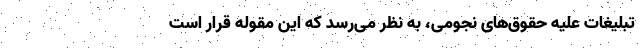
تبلیغات علیه حقوق‌های نجومی، به نظر می‌رسد که این مقوله قرار است